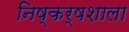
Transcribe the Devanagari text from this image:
निष्कर्षशाला